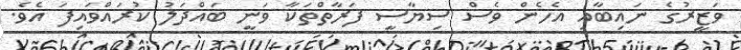
ވަޒީރުގެ ނައިބާއި އެހެން ވެސް ސިޔާސީ ފަރާތްތަކާ ވަނީ ބައްދަލު ކުރައްވައިފަ އެވެ.